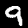
Digit: 9